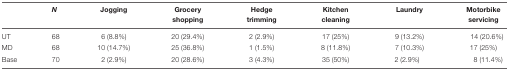
|  | N | Jogging | Grocery shopping | Hedge trimming | Kitchen cleaning | Laundry | Motorbike servicing |
 | --- | --- | --- | --- | --- | --- | --- | --- |
 | UT | 68 | 6 (8.8%) | 20 (29.4%) | 2 (2.9%) | 17 (25%) | 9 (13.2%) | 14 (20.6%) |
 | MD | 68 | 10 (14.7%) | 25 (36.8%) | 1 (1.5%) | 8 (11.8%) | 7 (10.3%) | 17 (25%) |
 | Base | 70 | 2 (2.9%) | 20 (28.6%) | 3 (4.3%) | 35 (50%) | 2 (2.9%) | 8 (11.4%) |